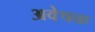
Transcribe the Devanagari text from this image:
अवेषक